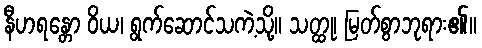
နီဟရန္တော ဝိယ၊ ရွက်ဆောင်သကဲ့သို့။ သတ္ထု၊ မြတ်စွာဘုရား၏။